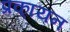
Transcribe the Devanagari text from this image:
प्रका्यन